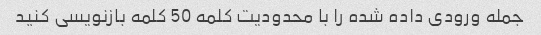
جمله ورودی داده شده را با محدودیت کلمه 50 کلمه بازنویسی کنید